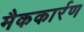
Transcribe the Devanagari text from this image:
मैककार्रण